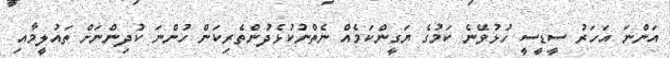
އަންނަ އަހަރު ސީޑީސީ ހުޅުވޭނެ ކަމުގެ ޔަގީންކަމެއް ނެތްނުކުޅެދުންތެރިކަން ހުންނަ ކުދިންނަށް ތައުލީމާއި